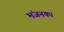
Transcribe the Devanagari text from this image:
भंजनक।